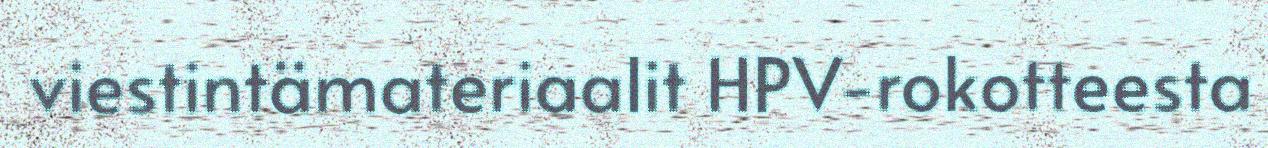
viestintämateriaalit HPV-rokotteesta